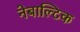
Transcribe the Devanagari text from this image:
नेबाल्टिक